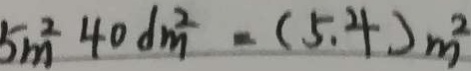
5 m ^ { 2 } 4 0 d m ^ { 2 } = ( 5 . 4 ) m ^ { 2 }